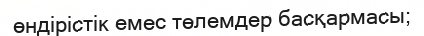
өндірістік емес төлемдер басқармасы;